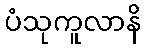
ပံသုကူလာနိ